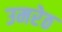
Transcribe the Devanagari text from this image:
उमरेठ